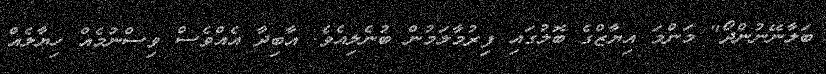
ބަލާނޭނުންދޯ" މަންމަ އިޔާޒްގެ ބޮލުގައި ފިރުމާލަމުން ބުނެލިއެވެ. އާބިދާ އެއްވެސް ވިސްނުމެއް ހިޔާލެއް